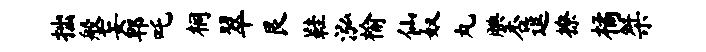
拙般妄郫吒桐翠艮鞋泓榆仙奴丸腆杏逗撩橘桀